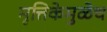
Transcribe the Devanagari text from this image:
मृत्तिकेमुळेच